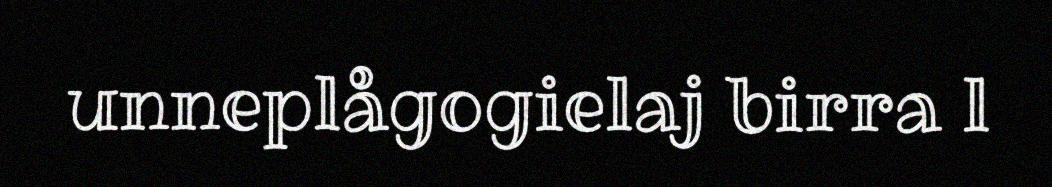
unneplågogielaj birra l